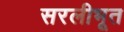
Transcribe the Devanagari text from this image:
सरलीभूत